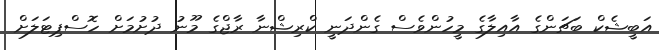
އަބީޝެކް ބަޗަންގެ އާއިލާގެ މީހުންވެސް ގެންދަނީ ކްރިޝްނާ ރާޖްގެ މޫނު ދުށުމަށް ހޮސްޕިޓަލަށް